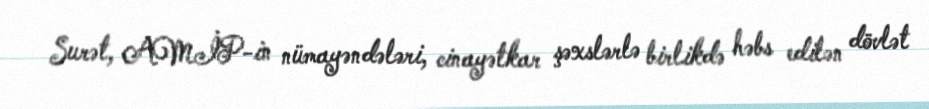
Surət, AMİP-in nümayəndələri, cinayətkar şəxslərlə birlikdə həbs edilən dövlət